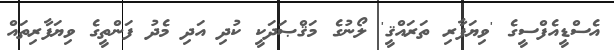
އެސްޑީއެފްސީގެ 'ވިޔަފާރި ތަރައްޤީ' ލޯނުގެ މަޤްޞަދަކީ ކުދި އަދި މެދު ފަންތީގެ ވިޔަފާރިތައް